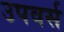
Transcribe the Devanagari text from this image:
उपवर्स